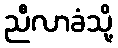
ညီလာခံသို့